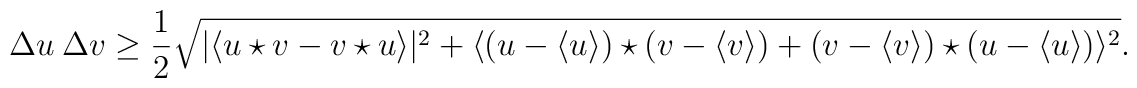
\Delta u ~\Delta v \geq \frac{1}{2} \sqrt{|\langle u\star v-v\star u \rangle |^2 +\langle ( u-\langle u\rangle) \star (v-\langle v\rangle)+ ( v-\langle v\rangle) \star (u-\langle u\rangle) \rangle^2}.